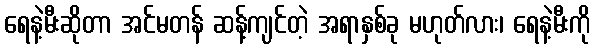
ရေနဲ့မီးဆိုတာ အင်မတန် ဆန့်ကျင်တဲ့ အရာနှစ်ခု မဟုတ်လား၊ ရေနဲ့မီးကို